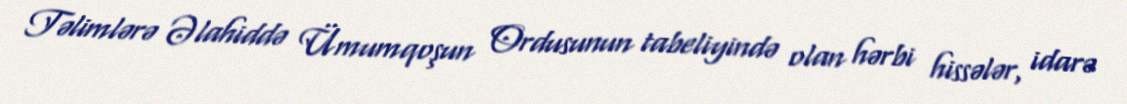
Təlimlərə Əlahiddə Ümumqoşun Ordusunun tabeliyində olan hərbi hissələr, idarə